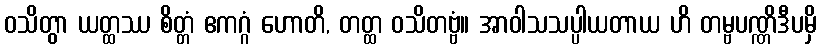
ဝသိတွာ ယတ္ထဿ စိတ္တံ ဧကဂ္ဂံ ဟောတိ, တတ္ထ ဝသိတဗ္ဗံ။ အာဝါသသပ္ပါယတာယ ဟိ တမ္ဗပဏ္ဏိဒီပမှိ